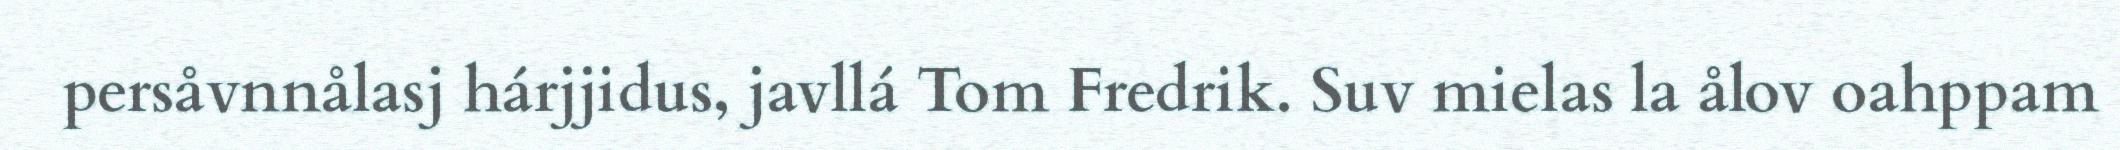
persåvnnålasj hárjjidus, javllá Tom Fredrik. Suv mielas la ålov oahppam